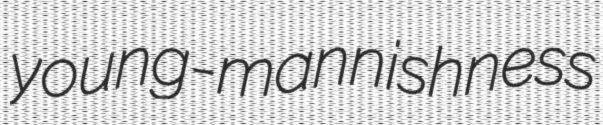
young-mannishness